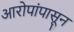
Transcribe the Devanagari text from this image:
आरोपांपासून